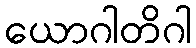
ယောဂါတိဂါ